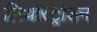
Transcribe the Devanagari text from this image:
लिथॉस्ट्रोशन